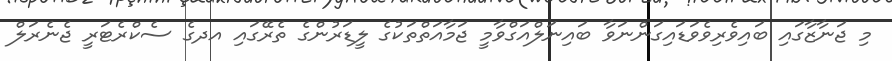
މި ޖަނާޒާގައި ބައިވެރިވެވަޑައިގަންނަވާ ބައިނަލްއަގްވާމީ ޖަމާއަތްތަކުގެ ލީޑަރުންގެ ތެރޭގައި އދގެ ސެކްރެޓަރީ ޖެނެރަލް